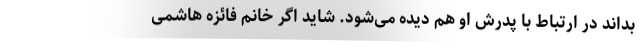
بداند در ارتباط با پدرش او هم دیده می‌شود. شاید اگر خانم فائزه هاشمی